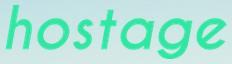
hostage